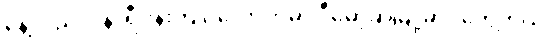
နေ့လည် ၁ နာရီဝန်းကျင်လောက်မှာ ဒီမော့ဆိုမြို့မှာပဲတွေ့တယ်။